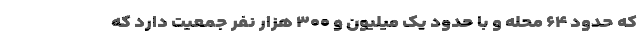
که حدود ۶۴ محله و با حدود یک میلیون و ۳۰۰ هزار نفر جمعیت دارد که